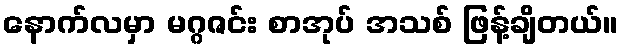
နောက်လမှာ မဂ္ဂဇင်း စာအုပ် အသစ် ဖြန့်ချိတယ်။